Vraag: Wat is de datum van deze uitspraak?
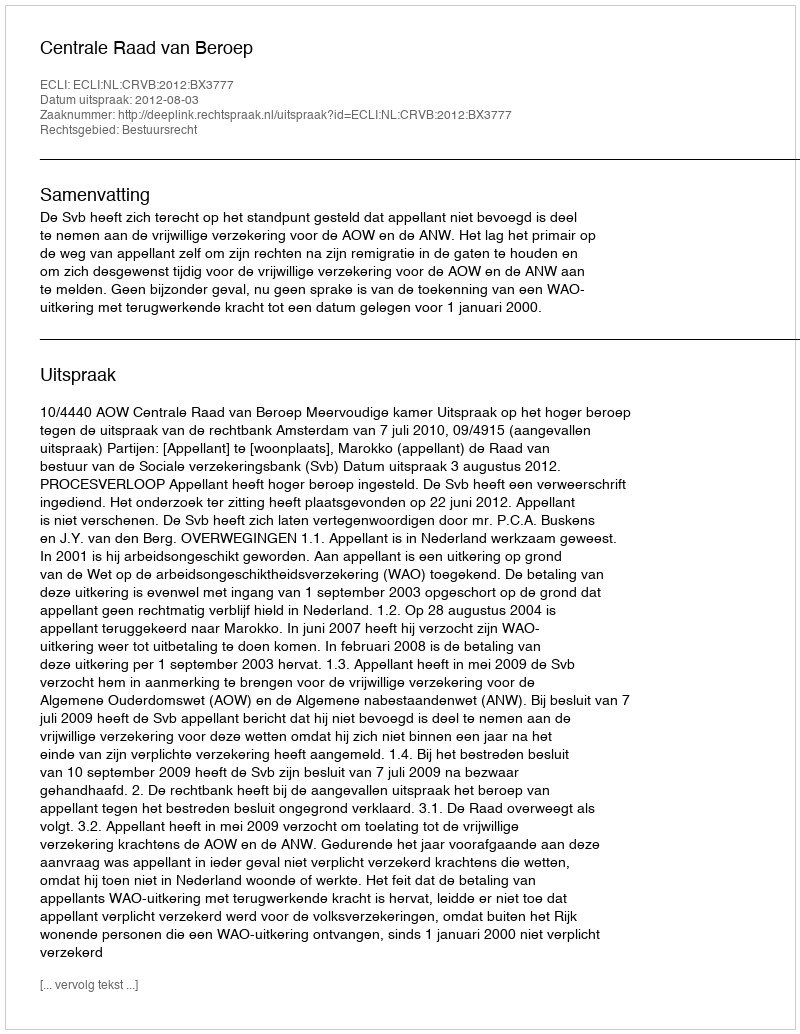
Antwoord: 2012-08-03